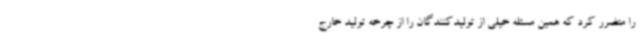
را متضرر کرد که همین مسئله خیلی از تولیدکنندگان را از چرخه تولید خارج